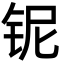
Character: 铌